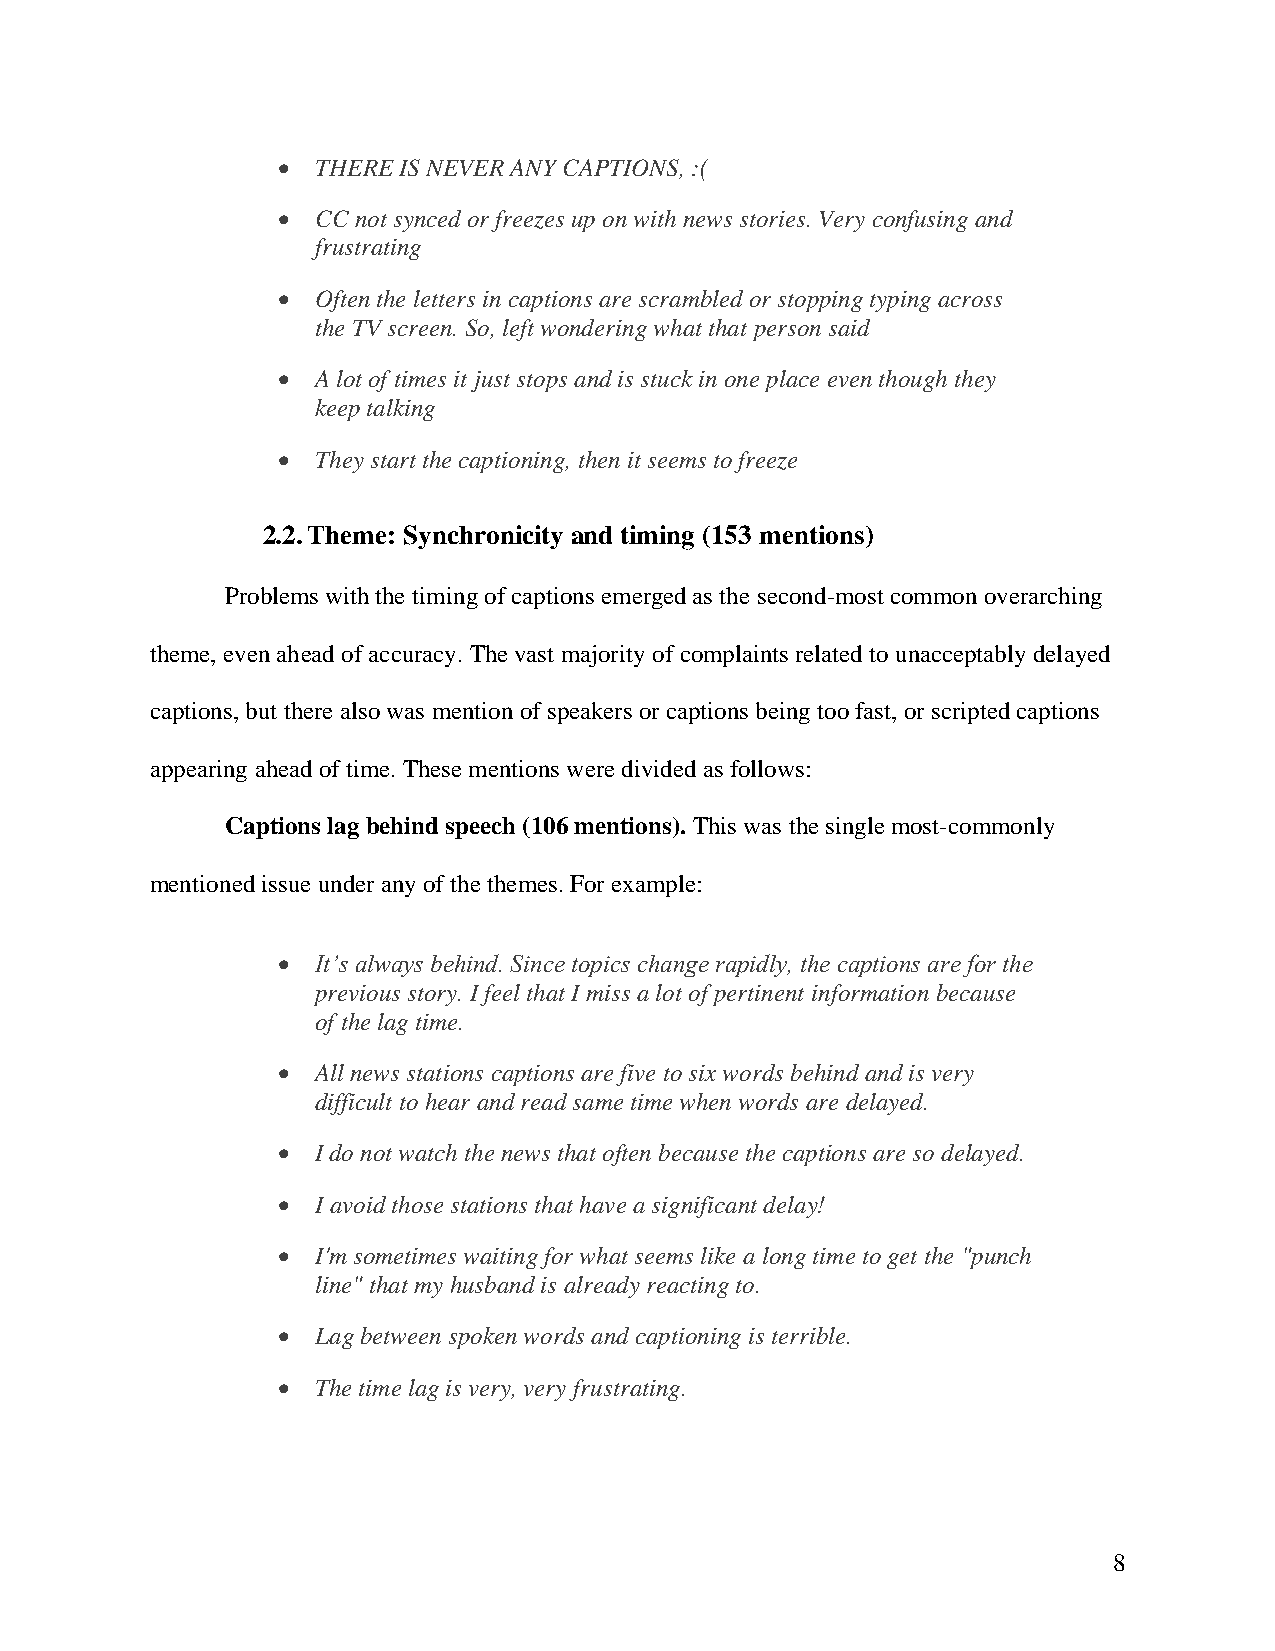
•  THERE IS NEVER ANY CAPTIONS, :(
 •  CC not synced or freezes up on with news stories. Very confusing and
 frustrating
 •  Often the letters in captions are scrambled or stopping typing across
 the TV screen. So, left wondering what that person said
 •  A lot of times it just stops and is stuck in one place even though they
 keep talking
 •  They start the captioning, then it seems to freeze
 2.2. Theme: Synchronicity and timing (153 mentions)
 Problems with the timing of captions emerged as the second-most common overarching
 theme, even ahead of accuracy. The vast majority of complaints related to unacceptably delayed
 captions, but there also was mention of speakers or captions being too fast, or scripted captions
 appearing ahead of time. These mentions were divided as follows:
 Captions lag behind speech (106 mentions). This was the single most-commonly
 mentioned issue under any of the themes. For example:
 •  It’s always behind. Since topics change rapidly, the captions are for the
 previous story. I feel that I miss a lot of pertinent information because
 of the lag time.
 •  All news stations captions are five to six words behind and is very
 difficult to hear and read same time when words are delayed.
 •  I do not watch the news that often because the captions are so delayed.
 •  I avoid those stations that have a significant delay!
 •  I'm sometimes waiting for what seems like a long time to get the "punch
 line" that my husband is already reacting to.
 •  Lag between spoken words and captioning is terrible.
 •  The time lag is very, very frustrating.
 8